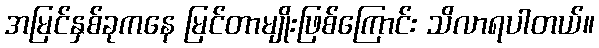
အမြင်နှစ်ခုကနေ မြင်တာမျိုးဖြစ်ကြောင်း သိလာရပါတယ်။